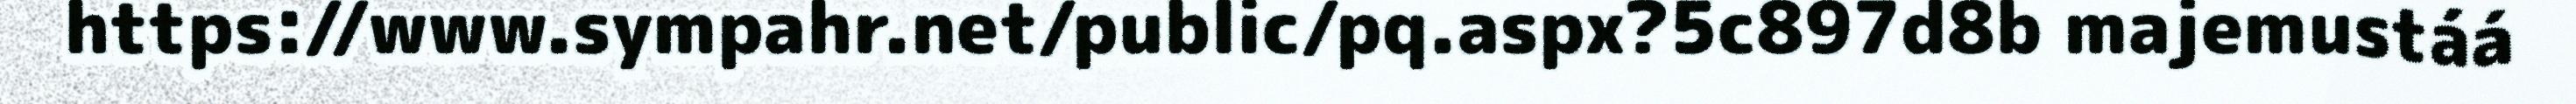
https://www.sympahr.net/public/pq.aspx?5c897d8b majemustáá